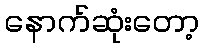
နောက်ဆုံးတော့